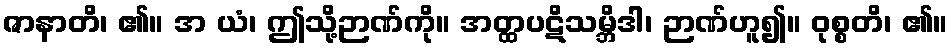
ဇာနာတိ၊ ၏။ အ ယံ၊ ဤသို့ဉာဏ်ကို။ အတ္ထပဋိသမ္ဘိဒါ၊ ဉာဏ်ဟူ၍။ ဝုစ္စတိ၊ ၏။